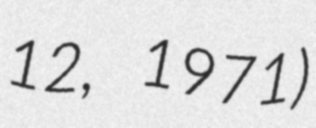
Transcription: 12, 1971)